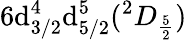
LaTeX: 6\mathrm{d}_{3/2}^{4}\mathrm{d}_{5/2}^{5}(^{2}D_{\frac{{5}}{{2}}})